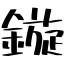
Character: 鏇